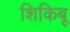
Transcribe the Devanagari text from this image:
शिकिबू